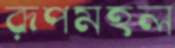
রূপমহল